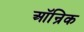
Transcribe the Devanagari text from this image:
ऑन्रिक